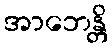
အာဘေန္တိ